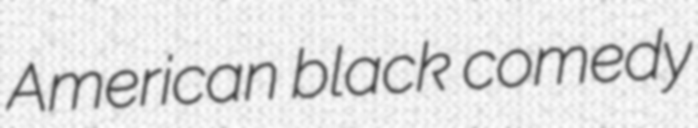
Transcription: American black comedy